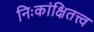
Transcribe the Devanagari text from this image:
निःकांक्षितत्त्व